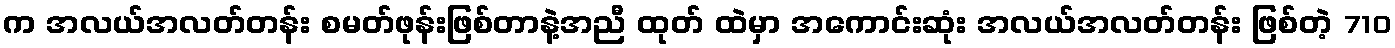
က အလယ်အလတ်တန်း စမတ်ဖုန်းဖြစ်တာနဲ့အညီ ထုတ် ထဲမှာ အကောင်းဆုံး အလယ်အလတ်တန်း ဖြစ်တဲ့ 710